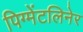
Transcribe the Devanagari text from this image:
पिग्मेंटलिनेर